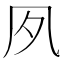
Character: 𡖆